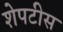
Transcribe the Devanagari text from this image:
शेपटीस